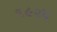
૧૯૨૫